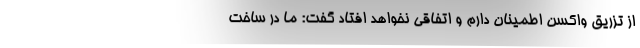
از تزریق واکسن اطمینان دارم و اتفاقی نخواهد افتاد گفت: ما در ساخت